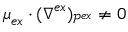
\boldsymbol { \mu } _ { e x } \cdot ( \boldsymbol { \nabla } ^ { e x } ) _ { \mathcal { P } ^ { e x } } \neq \boldsymbol { 0 }